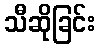
သီဆိုခြင်း